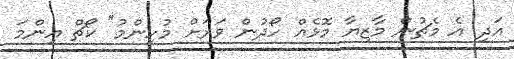
އަދި އެ މެޗުން މާޒިޔާ މޮޅެއް ހޯދުން ވަރަށް މުހިންމު" ކޯޗް އިންމަ